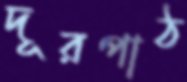
দূরপাঠ